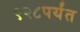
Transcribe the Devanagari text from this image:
९२८पर्यंत